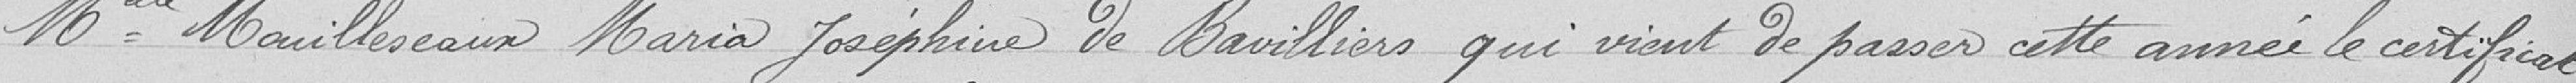
Mlle Mouilleseaux Maria Joséphine de Bavilliers qui vient de passer cette année le certificat